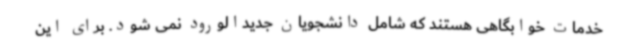
خدمات خوابگاهی هستند که شامل دانشجویان جدیدالورود نمی شود. برای این